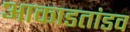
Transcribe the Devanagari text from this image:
आकाडतांडव